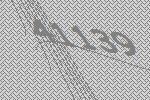
41139